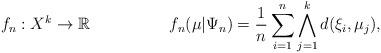
LaTeX: \begin{align*}f_n: X^k & \to \mathbb{R} &f_n(\mu|\Psi_n) & = \frac{1}{n} \sum_{i=1}^n \bigwedge_{j=1}^k d(\xi_i,\mu_j),\end{align*}